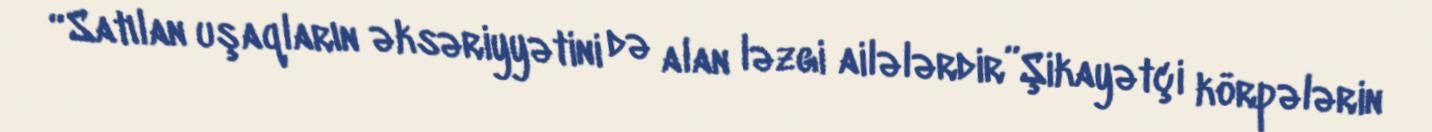
“Satılan uşaqların əksəriyyətini də alan ləzgi ailələrdir”Şikayətçi körpələrin